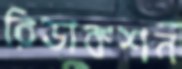
রিডাকশন